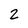
Character: 2